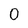
Character: 0